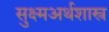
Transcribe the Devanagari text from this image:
सुक्ष्मअर्थशास्त्र